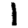
Digit: 1